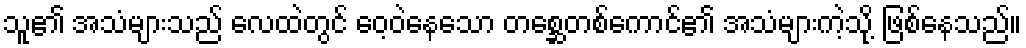
သူ၏ အသံများသည် လေထဲတွင် ဝေ့ဝဲနေသော တစ္ဆေတစ်ကောင်၏ အသံများကဲ့သို့ ဖြစ်နေသည်။